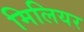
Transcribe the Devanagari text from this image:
मिलियर